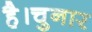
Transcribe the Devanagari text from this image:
है।चुनार